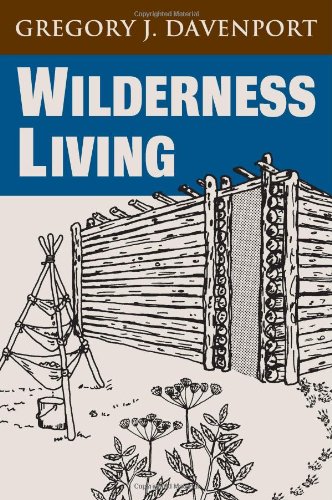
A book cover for Wilderness Living; Gregory J. Davenport; Sports & Outdoors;